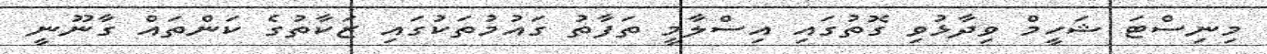
މިނިސްޓަ ޝަހީމް ވިދާޅުވި ގޮތުގައި އިސްލާމީ ތަފާތު ގައުމުތަކުގައި ޒަކާތުގެ ކަންތައް ގާނޫނީ